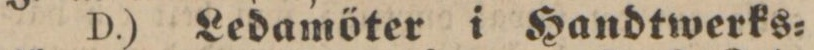
D.) Ledamöter i Handtwerks=